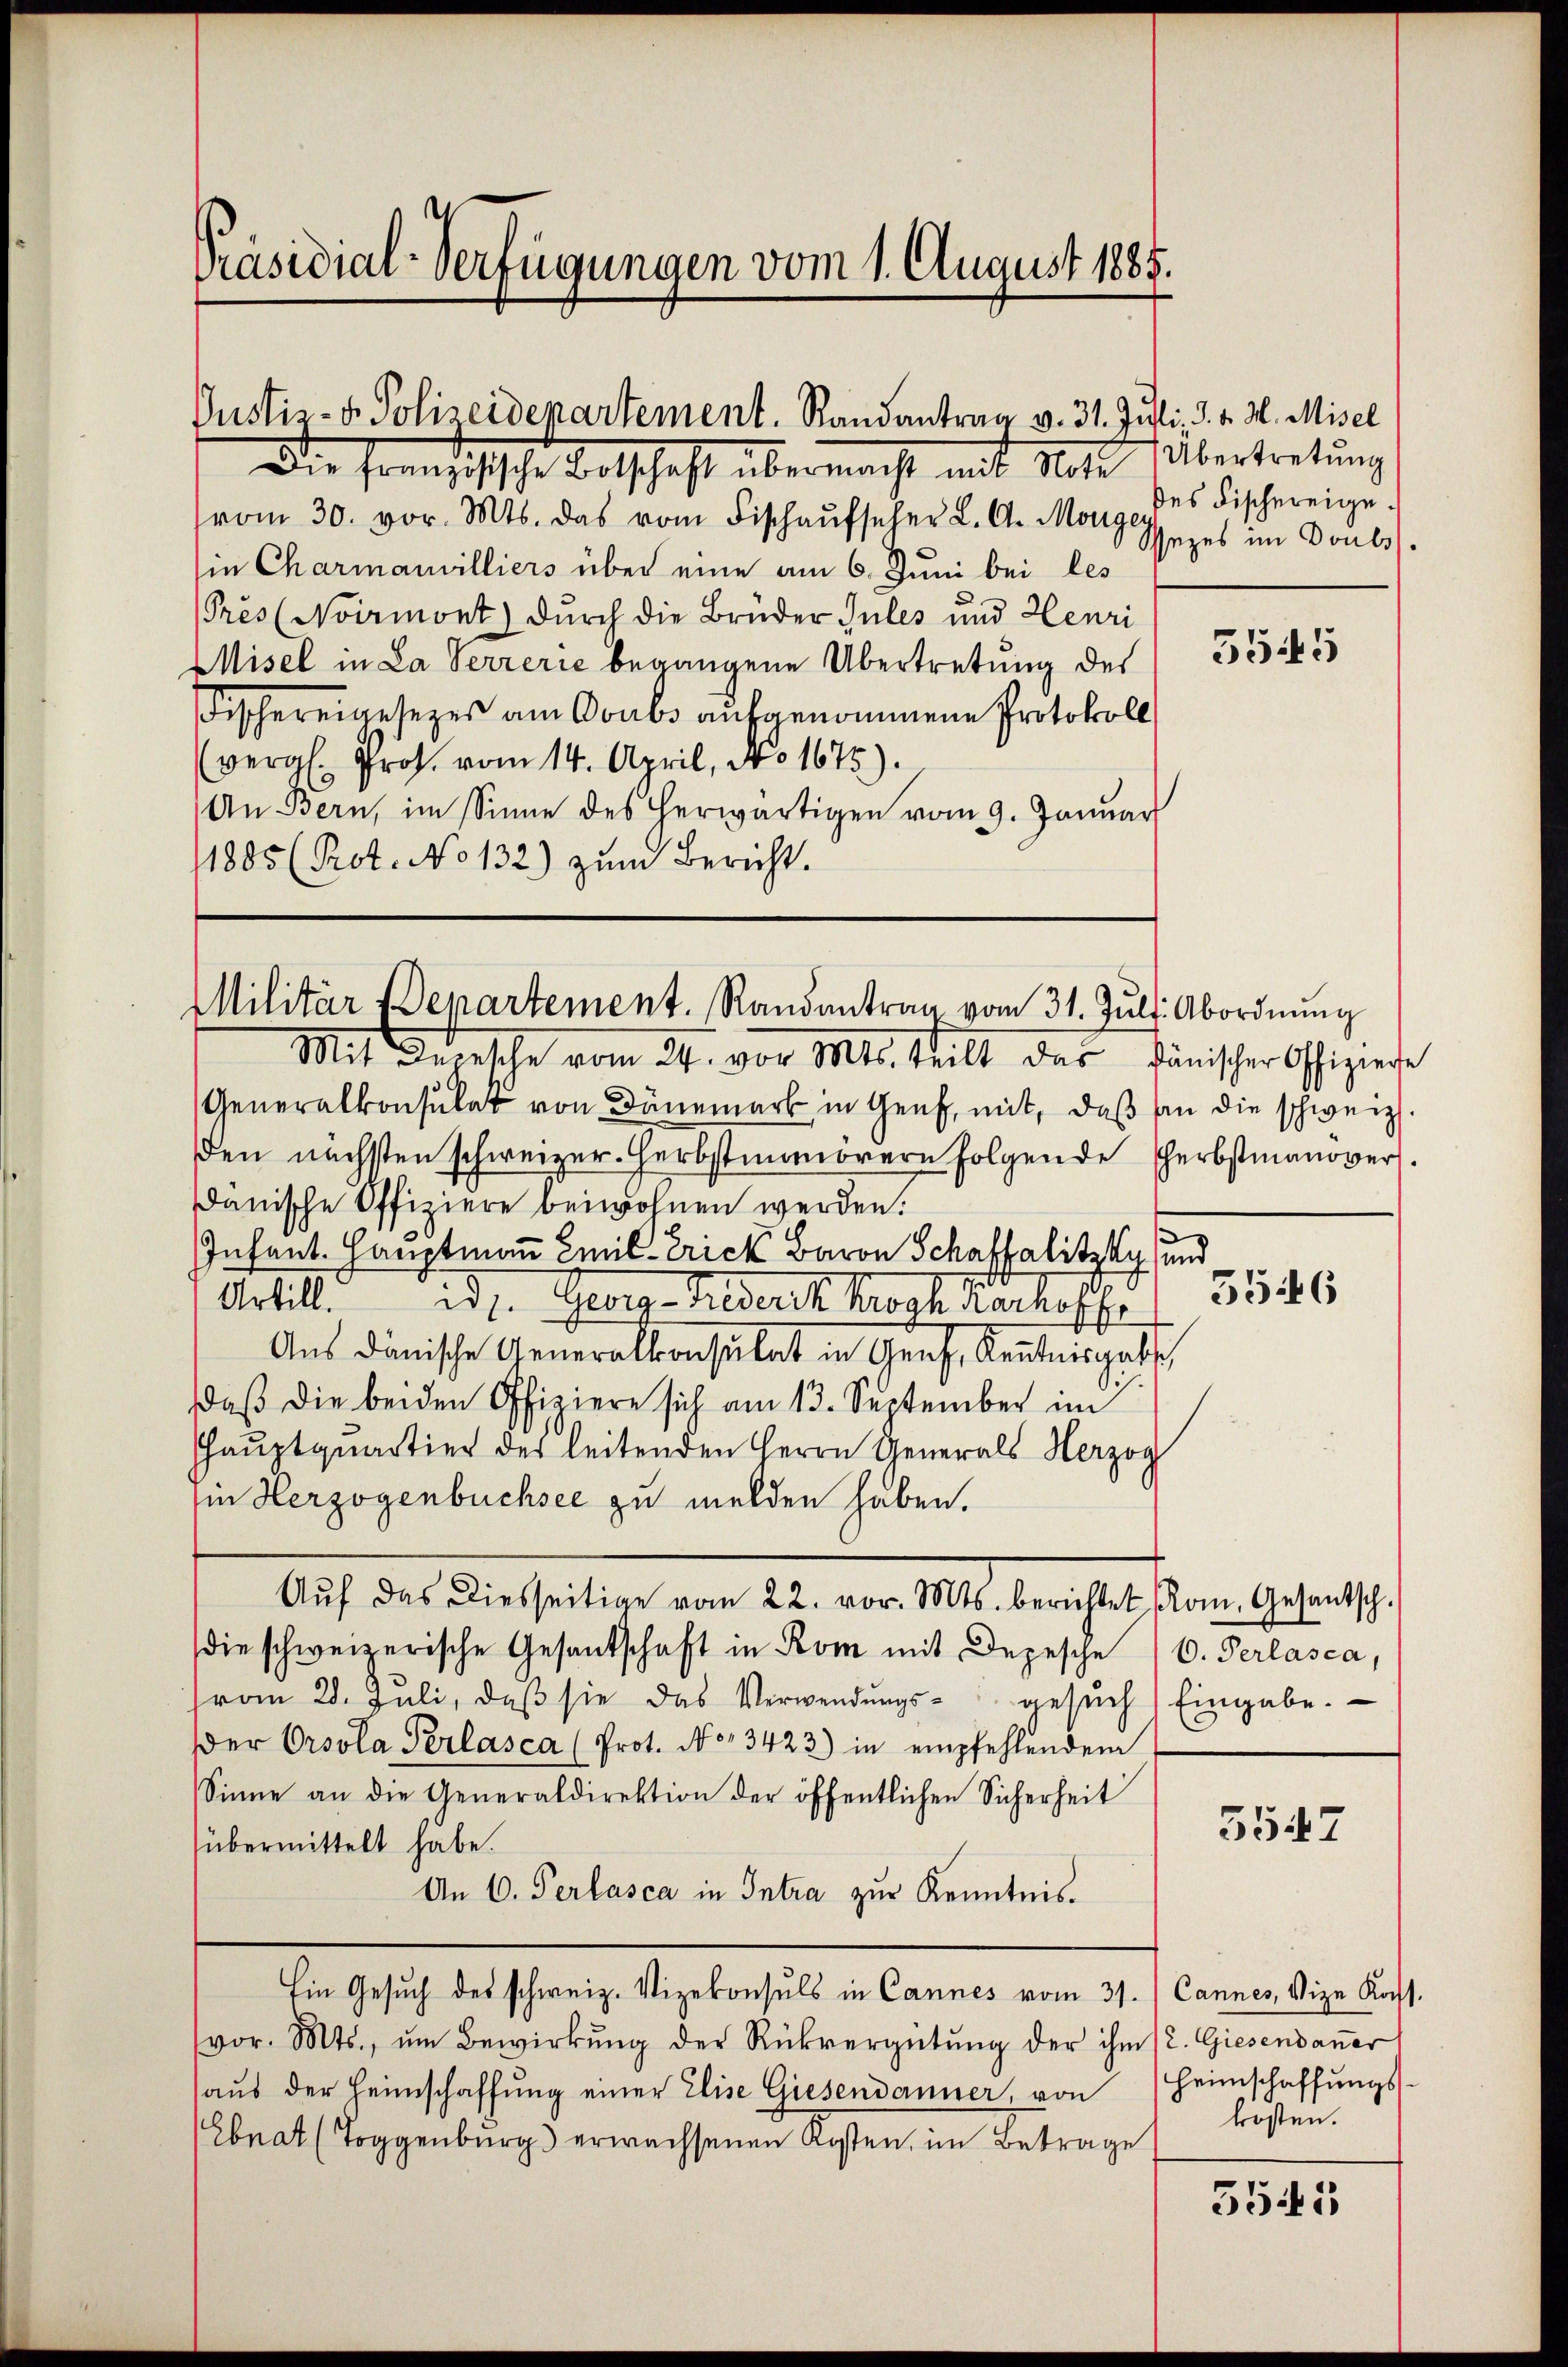
Präsidial-Verfügungen vom 1. August 1885.

Justiz- & Polizeidepartement. Randantrag v. 31. Juli, d. d. 3. Misel

Die Französische Entschaft übermacht mit de
vom 30. vor. Mts. das vom Fischaŭfseher L. A. Morg Gezes im Douls
ie Charmanilliers über eine am 6. Juni bei les
Prés (Noirmont) durch die Brüder Jules und Henri
Misel in La Verrerić begangene Übertretung des
Fischereigesezes am Soubs aufgenommene Protokoll
(vergl. Prof. vom 14. April, No 1675).
An Bern, im Sinne des herwärtigen vom 9. Januar
1885 (Prot. No 132) zum Bericht.

Militär Departement. Randantrag vom 31. Juli. Abordnung

Übertretung
des Fischereige¬

Mit Depesche vom 24. vor Mts. teilt das fänischer Offiziere
Generalkonsulat von Dänemark in Genf, mit, daß an die schweiz
den nächsten schweizer. Herbstimmörern folgende Herbstmanover
danische Offiziere beiwohnen werden.
s
Infant. Hauptmann Emil Erick Baron Schaffalitzky, und
Artill. d. Georg Geldert Koch Kacheffe
Aŭs dänische Generalkonsulat in Graf, Kentnisgabsch
daß die beiden Offiziere sich am 13. September im
Hauptquartier des leitenden Herrn Generals Herzog
in Herzogenbüchsee zu melden haben.
Aŭf das Diesseitige vom 22. vor. Mts. berichtet (om. Gesantsch.
die schweizerische Gesandschaft in Rom mit Depesche 10. Verlasca,
vom 28. Jŭli, daβ sie das Verwendŭngs- gesŭch Eingabe.
er Orsola Perlasca (Prot. No 13423) in empfehlendem
Sinne an die Generaldirektion der öffentlichen Sicherheit
übermittelt habe.
An 6. Perlasca in Intra zur Kenntnis.
Ein Gesuch des schweiz. Vizekonsuls in Cannes vom 31. /Cannes, Vize Katt.
vor. Mts., ŭm Bewirkŭng der Rückvergütŭng der ihm /. Giesendaṅer
aus der Heimschaffung einer Elise Giesendanner, von
Ebnat (Toggenburg erwachsenen Kosten, im Betrage

3545

s
5546

3547

Heimschaffungskosten.

5541